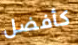
كأفضل